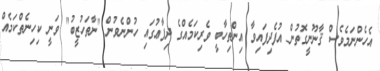
އެހެންނަމެވެސް ޤާނޫނީގޮތުން އުފެދިފައިވާ އިންތިހާބީ ވެރިކަމެއްގެ ދިފާޢުގައި ހުންނެވުން "ނާތަހުޒީބު" ވަނީ ކިހިނެތްކަމެއް